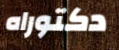
دكتوراه